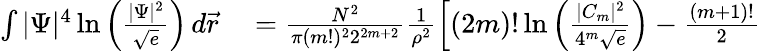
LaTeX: \begin{array}{rl}{\int|\Psi|^{4}\ln\left(\frac{|\Psi|^{2}}{\sqrt{e}}\right)\, d\vec{r}}&{{}=\frac{N^{2}}{\pi(m!)^{2}2^{2m+2}}\frac{1}{\rho^{2}}\left[(2m)!\ln\left(\frac{|C_{m}|^{2}}{4^{m}\sqrt{e}}\right)-\frac{(m+1)!}{2}\right.}\end{array}